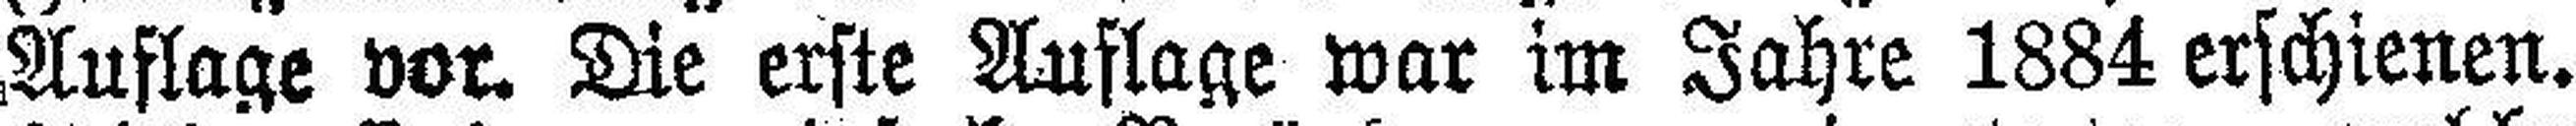
Auflage vor. Die erste Auflage war im Jahre 1884 erschienen.